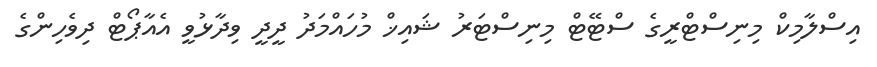
އިސްލާމިކް މިނިސްޓްރީގެ ސްޓޭޓް މިނިސްޓަރު ޝައިޚް މުހައްމަދު ދީދީ ވިދާޅުވީ އެއާޕޯޓް ދިވެހިންގެ